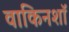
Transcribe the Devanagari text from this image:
वाकिनशॉ